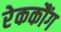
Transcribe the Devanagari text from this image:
रेककौंग